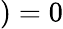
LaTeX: )=0